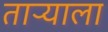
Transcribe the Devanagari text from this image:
ताऱ्‍याला